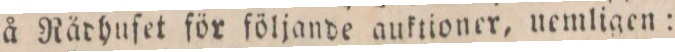
å Rådhufet för följande auktioner, uemligen: